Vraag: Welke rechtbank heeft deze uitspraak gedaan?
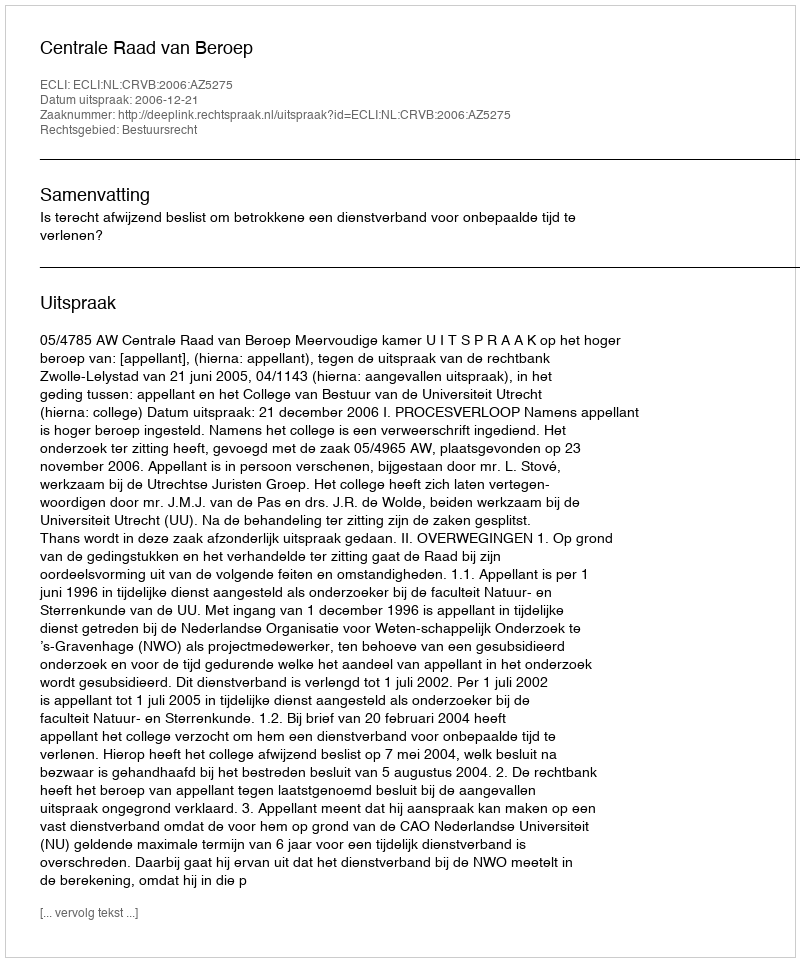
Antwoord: Centrale Raad van Beroep